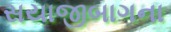
સયાજીબાગના